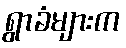
ရွာခံများက